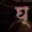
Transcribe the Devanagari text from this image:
घ्‌